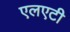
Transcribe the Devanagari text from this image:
एलएटी